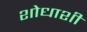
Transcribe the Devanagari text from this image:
शोधाशी